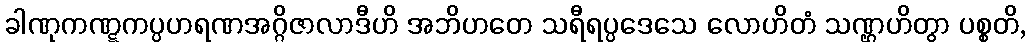
ခါဏုကဏ္ဋကပ္ပဟရဏအဂ္ဂိဇာလာဒီဟိ အဘိဟတေ သရီရပ္ပဒေသေ လောဟိတံ သဏ္ဌဟိတွာ ပစ္စတိ,